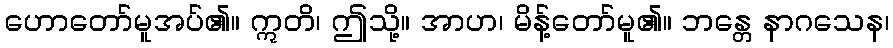
ဟောတော်မူအပ်၏။ ဣတိ၊ ဤသို့။ အာဟ၊ မိန့်တော်မူ၏။ ဘန္တေ နာဂသေန၊